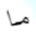
ما